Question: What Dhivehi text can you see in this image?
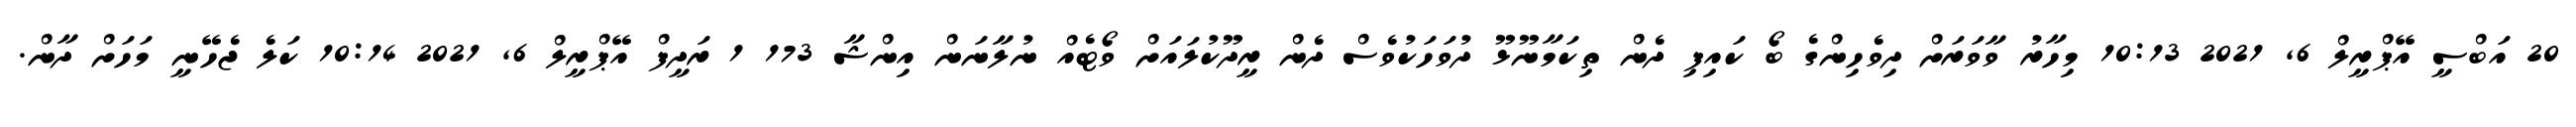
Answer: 20 އަބްސީ އޭޕްރީލް 6, 2021 10:13 މިހާރު ވާވަރަށް ދިވެހިންގެ ބޯ ކައިފި ދެން ތިކަމާނޫޅޫ ދުވަހަކުވެސް ދެން ރީދޫކުލައަށް ވޯޓެއް ނުލާނަން އިންޝާ 173 1 ރަދީފް އޭޕްރީލް 6, 2021 10:14 ކަލެ ޖެހޭނީ މަހަށް ދާން.